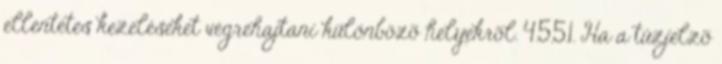
ellentétes kezeléseket végrehajtani különbözõ helyekrõl. 4.5.5.1. Ha a tûzjelzõ